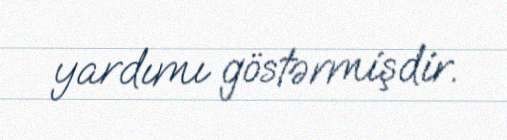
yardımı göstərmişdir.